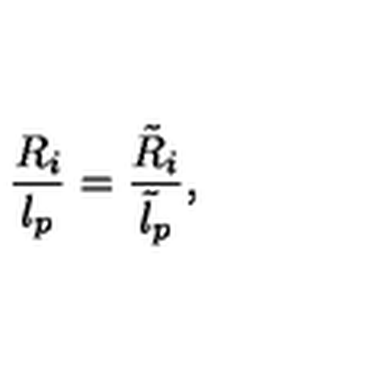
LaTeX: \frac { R _ { i } } { l _ { p } } = \frac { \tilde { R } _ { i } } { \tilde { l } _ { p } } ,